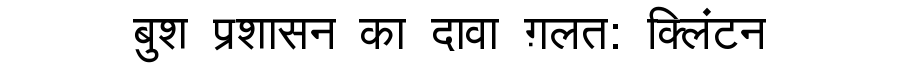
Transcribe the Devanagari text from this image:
बुश प्रशासन का दावा ग़लत: क्लिंटन